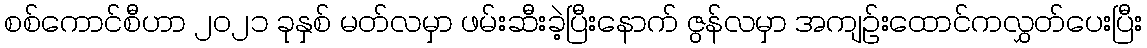
စစ်ကောင်စီဟာ ၂၀၂၁ ခုနှစ် မတ်လမှာ ဖမ်းဆီးခဲ့ပြီးနောက် ဇွန်လမှာ အကျဉ်းထောင်ကလွှတ်ပေးပြီး